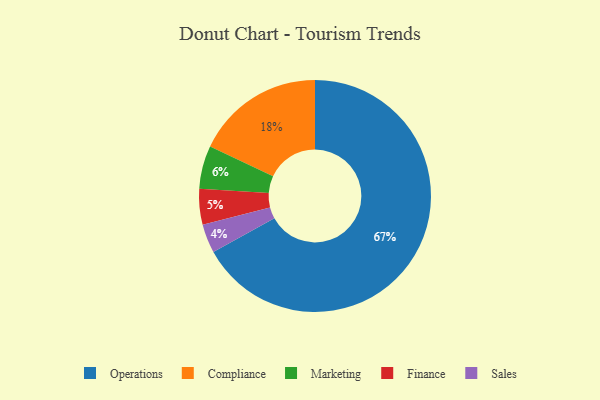
{"axis": {"x": "Category", "y": "Percentage"}, "legend": ["Compliance", "Finance", "Marketing", "Operations", "Sales"], "data": [{"x": "Finance", "y": 5, "type": "Finance"}, {"x": "Sales", "y": 4, "type": "Sales"}, {"x": "Compliance", "y": 18, "type": "Compliance"}, {"x": "Marketing", "y": 6, "type": "Marketing"}, {"x": "Operations", "y": 67, "type": "Operations"}]}